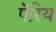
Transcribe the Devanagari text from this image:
पॆरिय